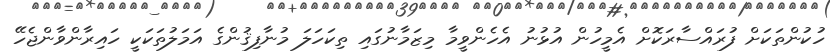
ހުކުންތަކަށް ފުރައްސާރަކޮށް އެމީހުން އުޅުނު އެހެންވީމާ މިޒަމާނުގަައި ތިކަހަލަ މުނާފިޤުންގެ އަމަލުތަކަކީ ހައިރާންވާންޖެހޭ